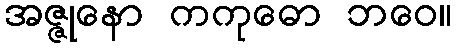
အဇ္ဇုနော ကကုဓော ဘဝေ။